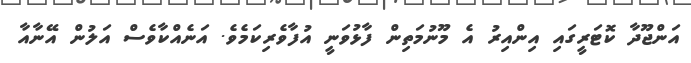
އަންޖޫދާ ކޮޓަރީގައި އިންއިރު އެ މޫނުމަތިން ފާޅުވަނީ އުފާވެރިކަމެވެ. އަނެއްކާވެސް އަލުން އޭނާއާ